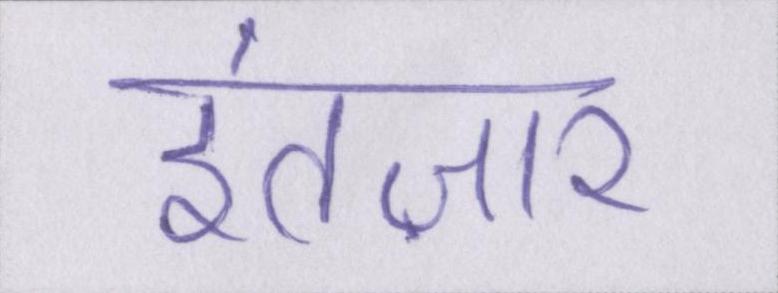
इंतज़ार